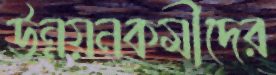
উন্নয়নকর্মীদের